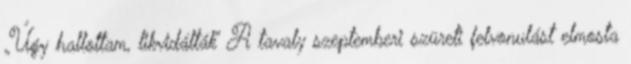
„Úgy hallottam, likvidálták” A tavaly szeptemberi szüreti felvonulást elmosta